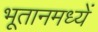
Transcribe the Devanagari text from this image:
भूतानमध्यें